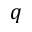
q